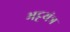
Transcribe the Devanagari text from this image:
भट्टयंत्र